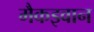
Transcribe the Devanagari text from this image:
मैकइवान